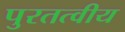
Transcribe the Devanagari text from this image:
पुरतत्वीय